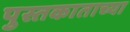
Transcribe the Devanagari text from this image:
पुस्तकाताच्या